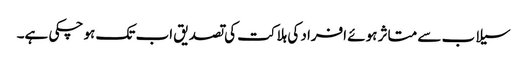
سیلاب سے متاثر ہوئے افراد کی ہلاکت کی تصدیق اب تک ہو چکی ہے۔